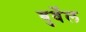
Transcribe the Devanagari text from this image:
बुर्वेल